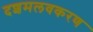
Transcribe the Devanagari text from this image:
दशमलवकरण